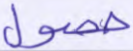
حصول